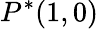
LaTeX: P^{*}(1,0)